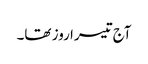
آج تیسرا روز تھا۔